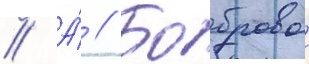
// А́ // Бобровои